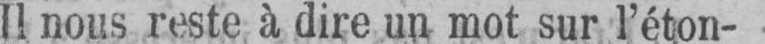
Il nous reste à dire un mot sur l’éton-